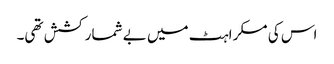
اس کی مسکراہٹ میں بے شمار کشش تھی۔